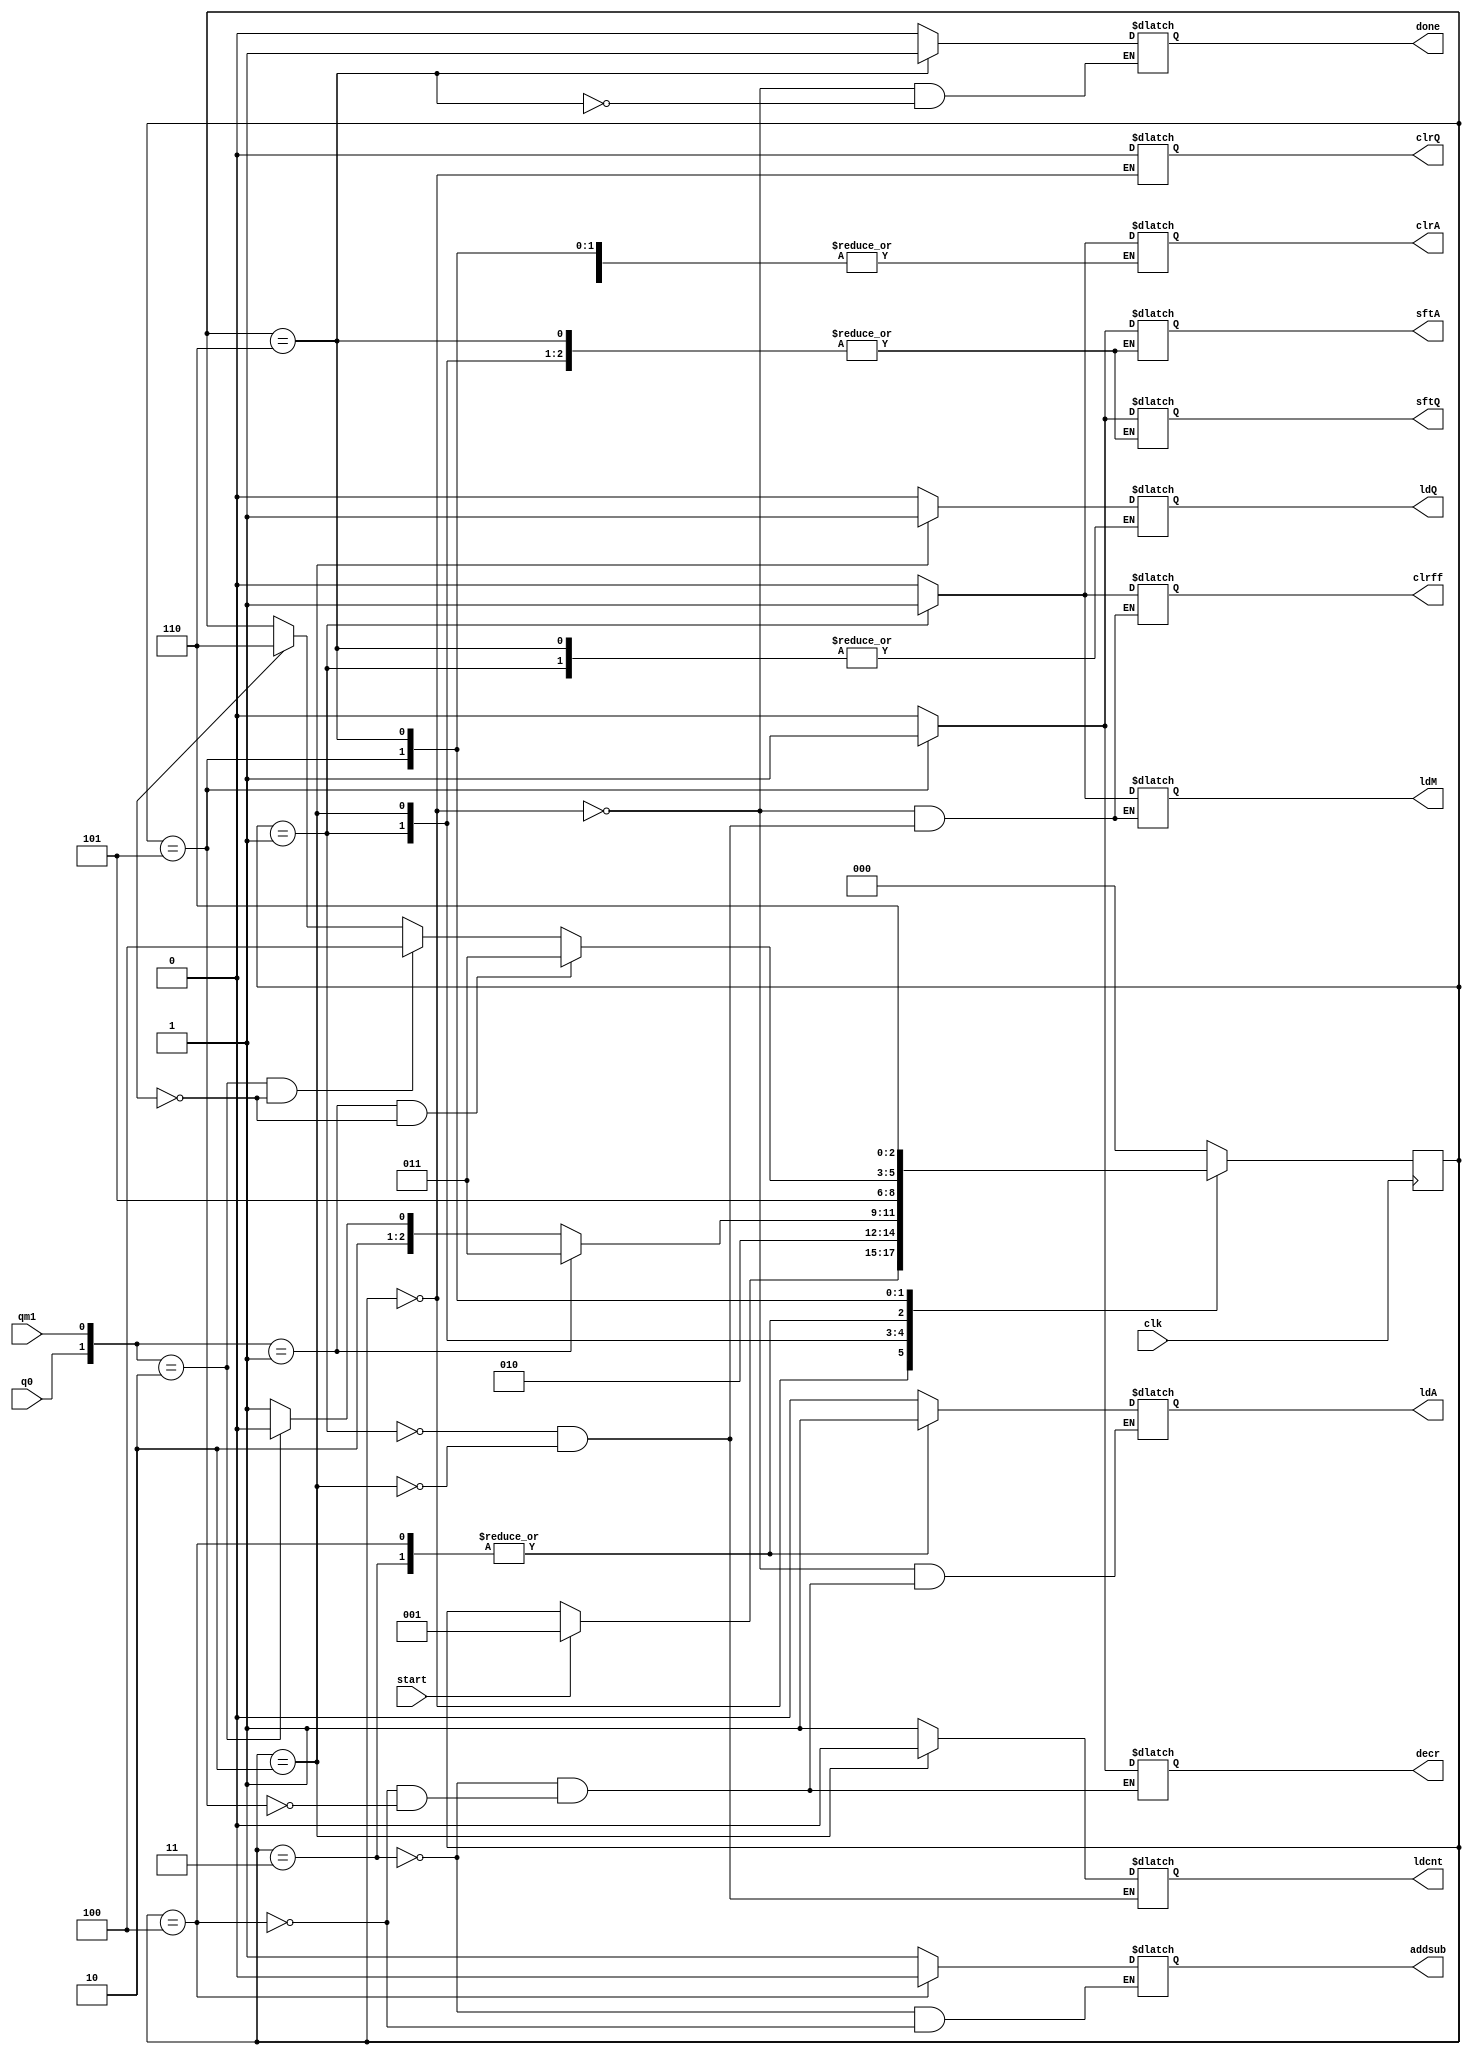
module Booth_controller (ldA, clrA, sftA, ldQ, clrQ, sftQ, ldM, clrff, addsub, start, decr, ldcnt, done, clk, q0, qm1);
	input clk, q0, qm1, start;
	output reg ldA, clrA, sftA, ldQ, clrQ, sftQ, ldM, clrff, addsub, decr, ldcnt, done;
	
	reg [2:0] state;
	parameter S0 = 3'b000, S1 = 3'b001, S2 = 3'b010, S3 = 3'b011, S4 = 3'b100, S5 = 3'b101, S6 = 3'b110;
	
	always @ (posedge clk)
		begin
			case (state)
				S0:		 if (start) state <= S1;
				S1:		 state <= S2;
				S2:		 #2 if ({q0, qm1} == 2'b01) state <= S3;
						 else if ({q0, qm1} == 2'b10) state <= S4;
						 else state <= S5;
				S3:		 state <= S5;
				S4:		 state <= S5;
				S5:		 #2 if (({q0, qm1} == 2'b01) && !eqz) state <= S3;
						 else if (({q0, qm1} == 2'b10) && !eqz) state <= S4;
						 else if (eqz) state <= S6;
				S6:		 state <= S6;
				default: state <= S0;
			endcase
		end
		
	always @ (state)
		begin
			case (state)
				S0:		 begin clrA = 0; ldA = 0; sftA = 0; clrQ = 0; ldQ = 0; sftQ = 0; ldM = 0; clrff = 0; done = 0; end
				S1:		 begin clrA = 1; clrff = 1; ldcnt = 1; ldM = 1; end
				S2:		 begin clrA = 0; clrff = 0; ldcnt = 0; ldM = 0; ldQ = 1; end
				S3:		 begin ldA = 1; addsub = 1; ldQ = 0; sftA = 0; sftQ = 0; decr = 0; end
				S4:		 begin ldA = 1; addsub = 0; ldQ = 0; sftA = 0; sftQ = 0; decr = 0; end
				S5:		 begin sftA = 1; sftQ = 1; ldA = 0; ldQ = 0; decr = 1; end
				S6:		 done = 1;
				default: begin clrA = 0; sftA = 0; ldQ = 0; sftQ = 0; end
			endcase
		end
		
endmodule